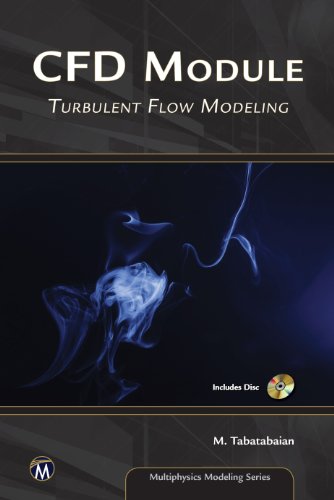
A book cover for CFD Module (Multiphysics Modeling); Mehrzad Tabatabaian; Science & Math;